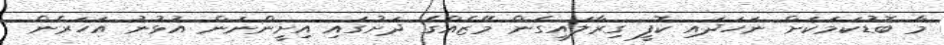
މާ ބޮޑުކަމަކަށް ނަހަދައި ކޮފީ ގިރާލައިގެން މޭޒެއްގެ ދަށުގައި އިށީންނަން އުޅުނު އަހަރެން